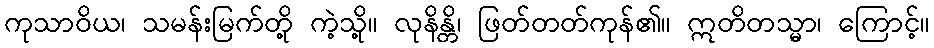
ကုသာဝိယ၊ သမန်းမြက်တို့ ကဲ့သို့။ လုနိန္တိ၊ ဖြတ်တတ်ကုန်၏။ ဣတိတသ္မာ၊ ကြောင့်။